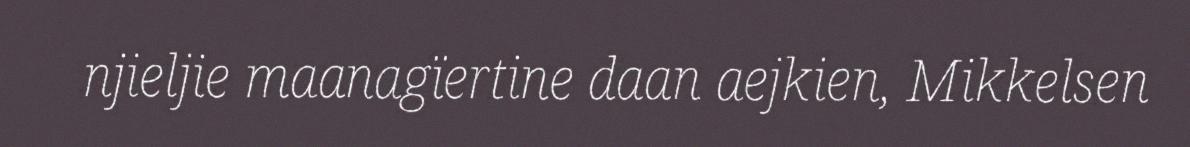
njieljie maanagïertine daan aejkien, Mikkelsen